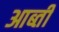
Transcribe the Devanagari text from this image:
आब्ती